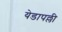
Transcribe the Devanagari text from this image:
येडापल्ली